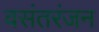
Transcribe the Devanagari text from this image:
वसंतरंजन